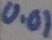
Text: 0.01